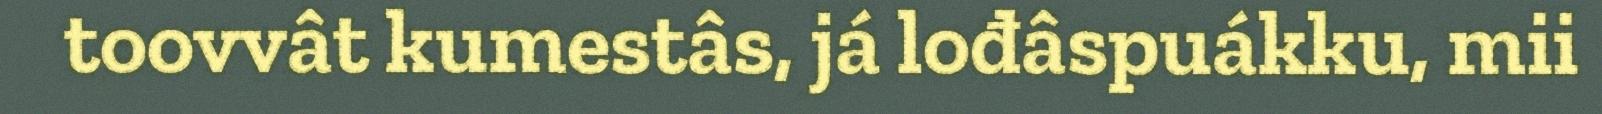
toovvât kumestâs, já lođâspuákku, mii